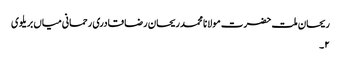
ریحان ملت حضرت مولانا محمد ریحان رضا قادری رحمانی میاں بریلوی
۲۔